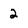
Character: 2